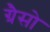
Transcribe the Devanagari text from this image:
ग्रैसो